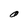
Character: O